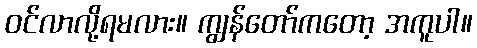
ဝင်လာလို့ရမလား။ ကျွန်တော်ကတော့ အကူပါ။